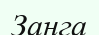
Занга